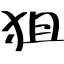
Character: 狙